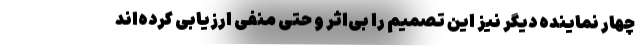
چهار نماینده دیگر نیز این تصمیم را بی‌اثر و حتی منفی ارزیابی کرده‌اند